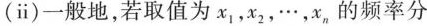
(ⅱ)一般地，若取值为x_{1}，x_{2}，\cdots，x_{n}的频率分